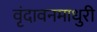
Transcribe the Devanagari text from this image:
वृंदावनमाधुरी